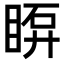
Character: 𥇼